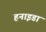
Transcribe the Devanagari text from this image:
हनाइडा